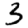
Digit: 3